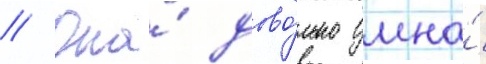
// Она́ дово́льно умна́